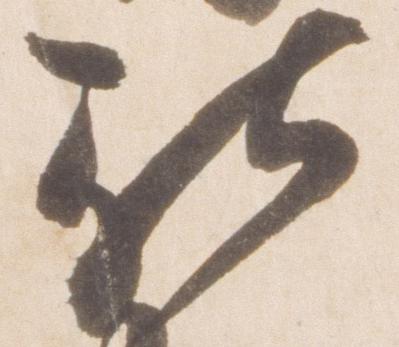
被